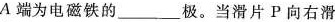
A端为电磁铁的___极。当滑片P向右滑